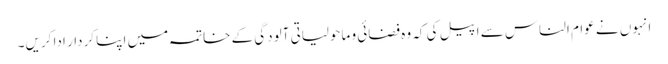
انہوں نے عوام الناس سے اپیل کی کہ وہ فضائی و ماحولیاتی آلودگی کے خاتمہ میں اپنا کردار ادا کریں۔